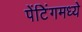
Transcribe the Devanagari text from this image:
पेंटिंगमध्ये